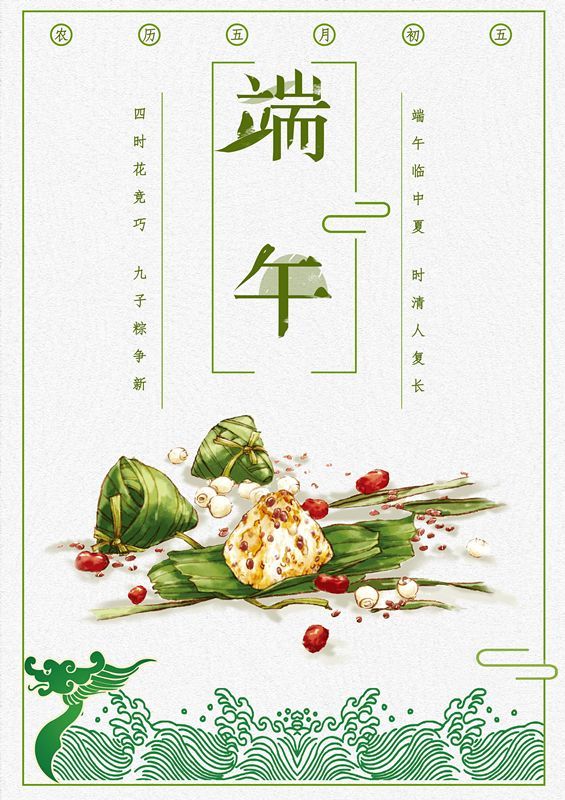
粽包分两髻，艾束著危冠。